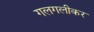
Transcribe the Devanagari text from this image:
गलगलीकर